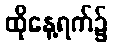
ထိုနေ့ရက်၌